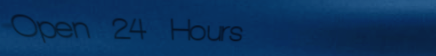
Open 24 Hours